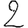
Digit: 2